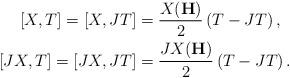
LaTeX: \begin{align*} [X,T]=[X,JT]&=\frac{X(\textbf{H})}{2}\left(T-JT \right),\\ [JX,T]=[JX,JT]&=\frac{JX(\textbf{H})}{2}\left(T-JT \right). \end{align*}